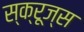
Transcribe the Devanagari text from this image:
स्क्रूज्स